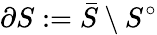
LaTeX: \partial S:={\bar{S}}\setminus S^{\circ}